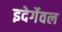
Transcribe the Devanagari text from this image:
इदेर्गेवल